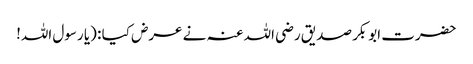
حضرت ابوبکر صدیق رضی اللہ عنہ نے عرض کیا : (یا رسول اللہ!